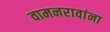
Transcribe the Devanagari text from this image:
वामनरावांना